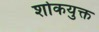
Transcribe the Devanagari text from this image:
शोकयुक्त